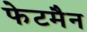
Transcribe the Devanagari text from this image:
फेटमैन